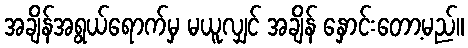
အချိန်အရွယ်ရောက်မှ မယူလျှင် အချိန် နှောင်းတော့မည်။